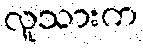
လူသားက